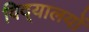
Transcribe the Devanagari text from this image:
विद्‌यालयों